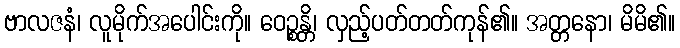
ဗာလဇနံ၊ လူမိုက်အပေါင်းကို။ ဝေဉ္စန္တိ၊ လှည့်ပတ်တတ်ကုန်၏။ အတ္တနော၊ မိမိ၏။